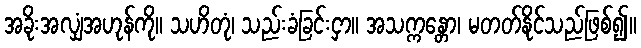
အခိုးအလျှံအဟုန်ကို။ သဟိတုံ၊ သည်းခံခြင်းငှာ။ အသက္ကန္တော၊ မတတ်နိုင်သည်ဖြစ်၍။